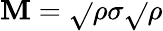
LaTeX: \mathbf{M}={\sqrt{}{{\rho}}}\sigma{\sqrt{}{{\rho}}}